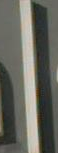
|